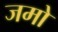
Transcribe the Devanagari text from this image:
जमो